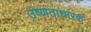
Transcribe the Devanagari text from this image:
उष्णताधारक